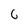
Character: 6